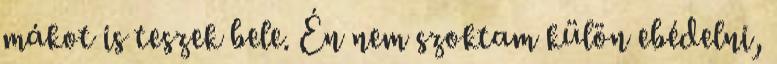
mákot is teszek bele. Én nem szoktam külön ebédelni,